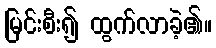
မြင်းစီး၍ ထွက်လာခဲ့၏။